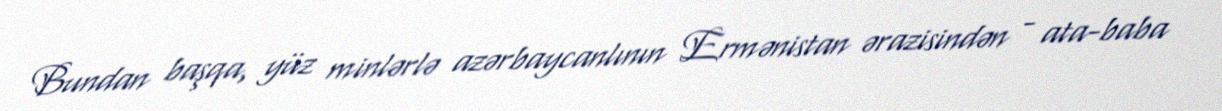
Bundan başqa, yüz minlərlə azərbaycanlının Ermənistan ərazisindən - ata-baba